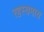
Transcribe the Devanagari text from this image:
रहस्यमाय